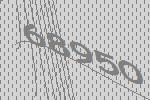
68950